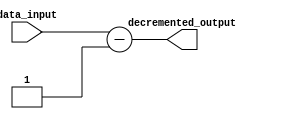
module DEC (
    input wire [19:0] data_input,   // Input data to be decremented
    output reg [19:0] decremented_output // Output data after decrement
);

// DEC operation
always @(*) begin
    decremented_output = data_input - 1; // Decrement the input data by 1
end

endmodule